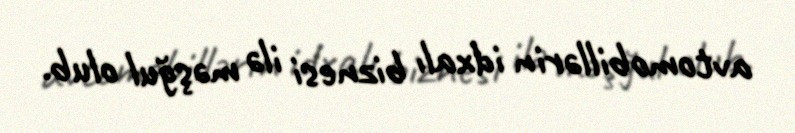
avtomobillərin idxalı biznesi ilə məşğul olub.